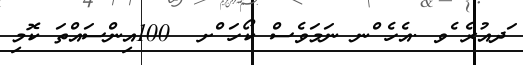
ަދއުރެ ެވ .އެހެ ްނ ނަމަވެސް ކޯހަ ްށ  100އިންސައްތަ ކޮމި